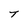
Character: T